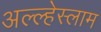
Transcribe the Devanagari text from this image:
अल्ल्हेस्लाम